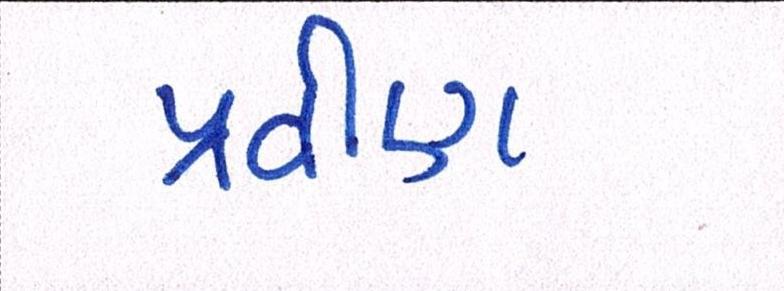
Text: પ્રવીણ